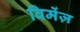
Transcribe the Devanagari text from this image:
विमेंज़